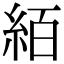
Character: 絔